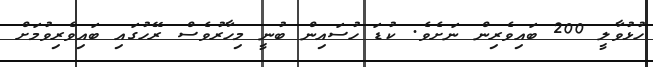
ހުޅުވާލީ 200 ބައިވެރިން ނަށެވެ. ކުޑަ ހުސައިން ބުނީ މިހާރުވެސް ރޭހުގައި ބައިވެރިވުމަށް